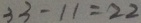
3 3 - 1 1 = 2 2